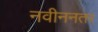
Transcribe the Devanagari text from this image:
नवीननतर